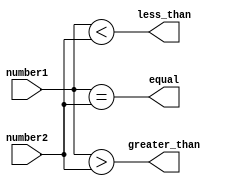
module unsigned_magnitude_comparator(
    input [3:0] number1,
    input [3:0] number2,
    output wire greater_than,
    output wire less_than,
    output wire equal
);

assign greater_than = (number1 > number2);
assign less_than = (number1 < number2);
assign equal = (number1 == number2);

endmodule